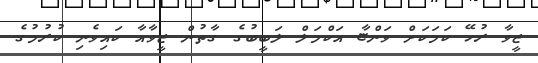
ޒީވާ ރުހޭ ކަމަކަށް ވަންޏާ އަކްމަލް ލަބީބުގެ ގާތުން ޒީވާއާ ކައިވެނި ކުރުމުގެ